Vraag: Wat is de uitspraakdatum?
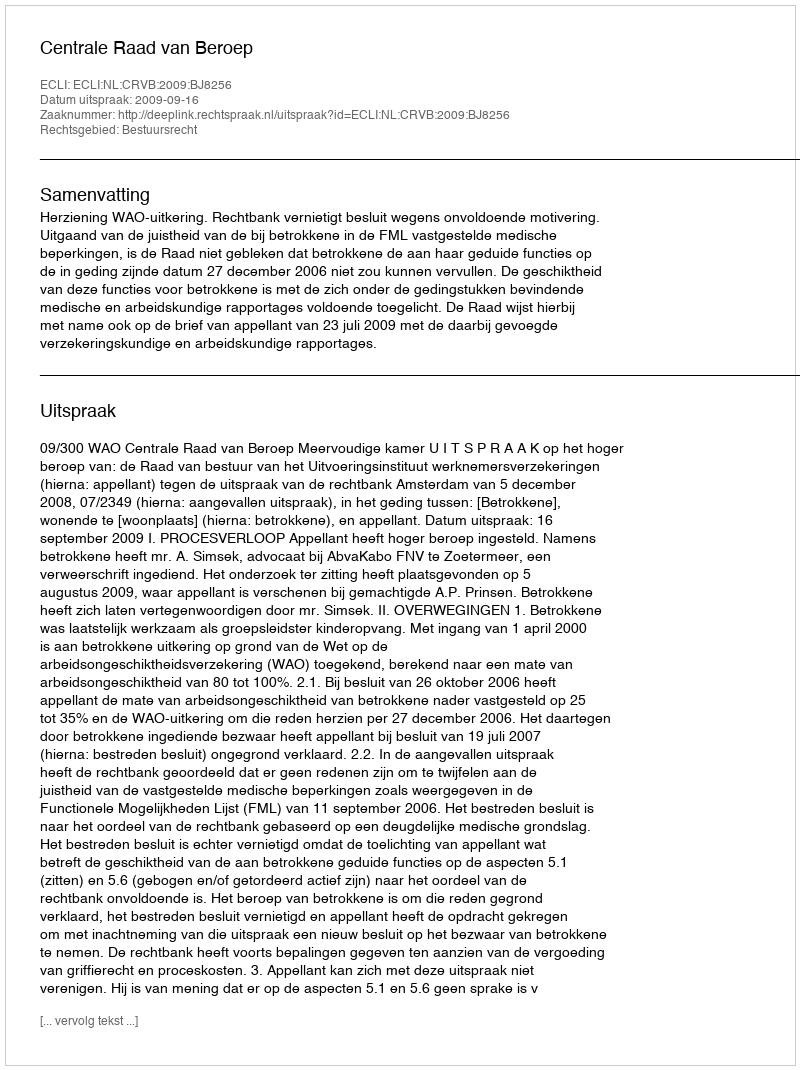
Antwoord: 2009-09-16